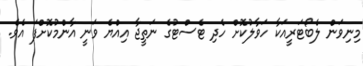
މިނިވަން ލެބޯޓަރީއަކާ ހަވާލުކޮށް ހެދި ޓެސްޓުގެ ނަތީޖާ އިއްޔެ ވަނީ އާންމުކޮށްފަ އެވެ.